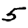
Digit: 5